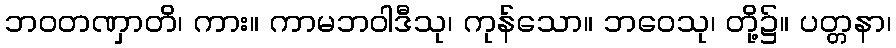
ဘဝတဏှာတိ၊ ကား။ ကာမဘဝါဒီသု၊ ကုန်သော။ ဘဝေသု၊ တို့၌။ ပတ္တနာ၊